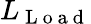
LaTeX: L_{\mathrm{~L~o~a~d~}}